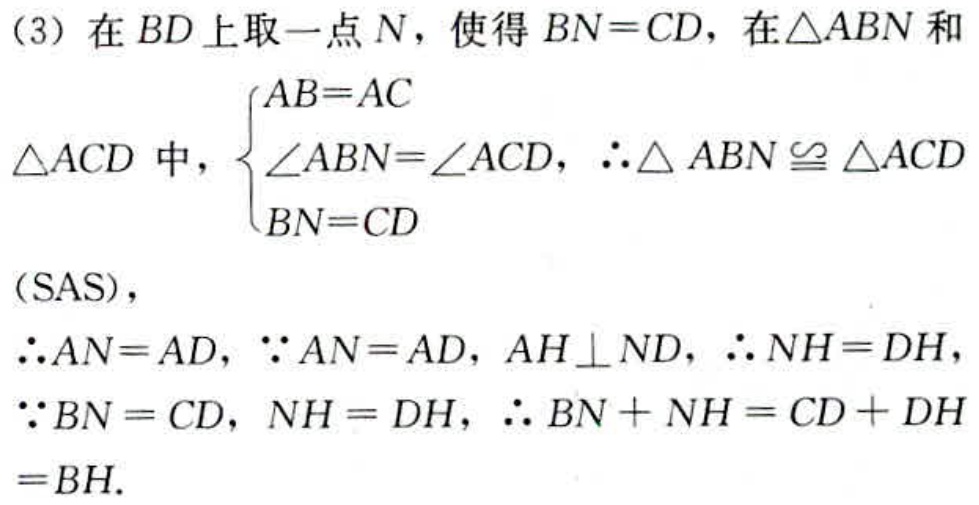
（3）在 \(BD\) 上取一点 \(N\)，使得 \(BN = CD\)，在 \(\triangle ABN\) 和
\(\triangle ACD\) 中，\(\begin{cases}AB = AC\\\angle ABN=\angle ACD\\BN = CD\end{cases}\)，\(\therefore\triangle ABN\cong\triangle ACD\)
（SAS），
\(\therefore AN = AD\)，\(\because AN = AD\)，\(AH\perp ND\)，\(\therefore NH = DH\)，
\(\because BN = CD\)，\(NH = DH\)，\(\therefore BN + NH = CD + DH\)
\(= BH\).